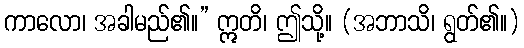
ကာလော၊ အခါမည်၏။” ဣတိ၊ ဤသို့။ (အဘာသိ၊ ရွတ်၏။)